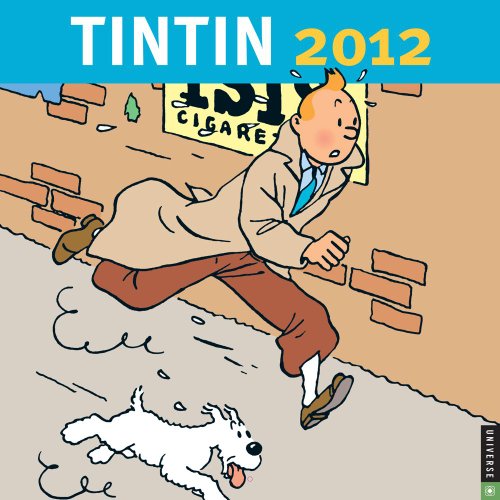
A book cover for Tintin: 2012 Wall Calendar; Universe Publishing; Calendars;